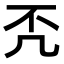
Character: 𠘶